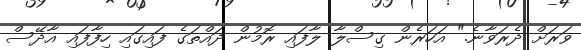
ވަރަށް ދެރަވާނެ." އަހަރެން ގިސްލާ ލާފައި ރޮމުން ދައްތަގެ ފައިގައި ހިފާފައި އާދޭސް